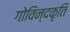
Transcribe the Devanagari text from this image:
गोविन्दकृति